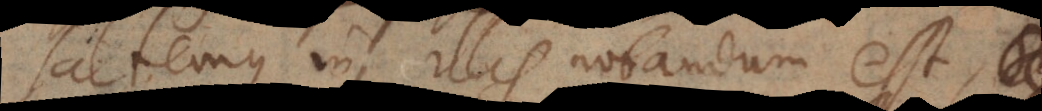
Saltemque in illis notandum est, si